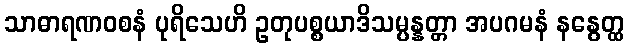
သာဓာရဏဝစနံ ပုရိသေဟိ ဥတုပစ္စယာဒိသမ္ပန္နတ္တာ အပဂမနံ နနွေတ္ထ